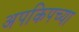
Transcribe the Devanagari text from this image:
अपकिपच्या